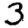
Digit: 3